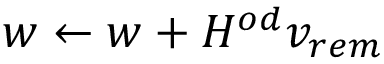
w \leftarrow w + H ^ { o d } v _ { r e m }